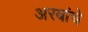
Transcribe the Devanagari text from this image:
अरबांचे